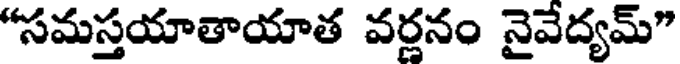
"సమస్తయాతాయాత వర్ణనం నైవేద్యమ్"